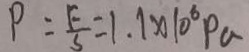
P = \frac { F } { S } = 1 . 1 \times 1 0 ^ { 6 } P a